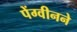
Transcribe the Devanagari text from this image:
पेंग्वीनने